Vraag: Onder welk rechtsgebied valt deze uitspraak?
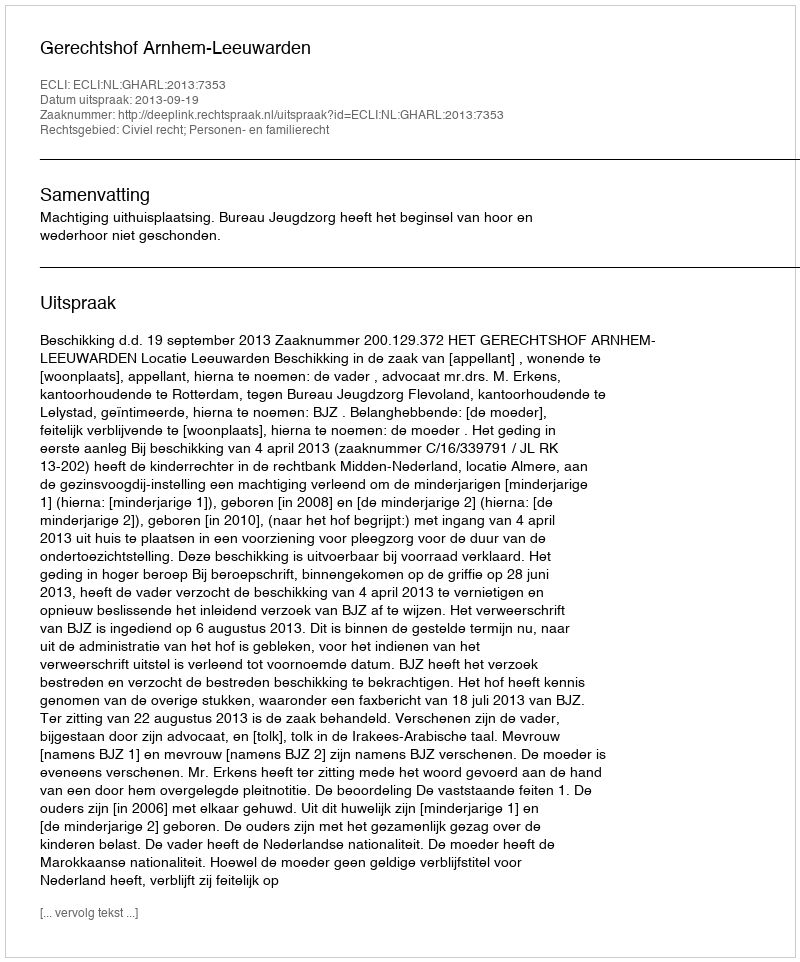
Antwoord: Civiel recht; Personen- en familierecht